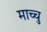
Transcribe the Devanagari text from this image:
माच्चु